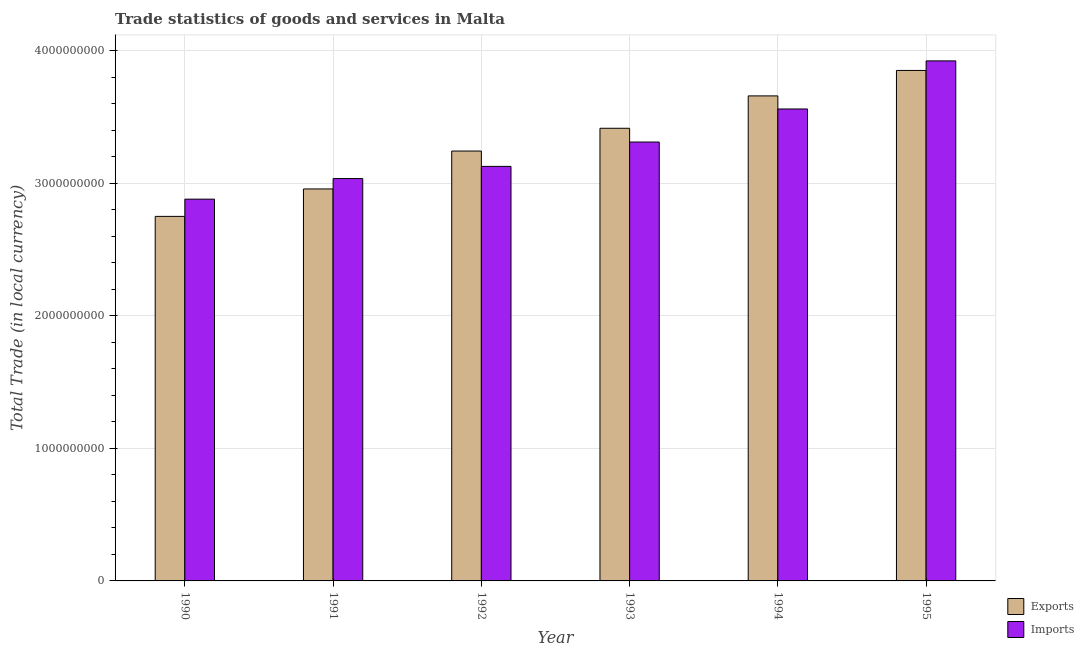
| Year | Exports | Imports |
 | --- | --- | --- |
 | 1990 | 2.75e+09 | 2.88e+09 |
 | 1991 | 2.96e+09 | 3.04e+09 |
 | 1992 | 3.24e+09 | 3.13e+09 |
 | 1993 | 3.42e+09 | 3.31e+09 |
 | 1994 | 3.66e+09 | 3.56e+09 |
 | 1995 | 3.85e+09 | 3.92e+09 |